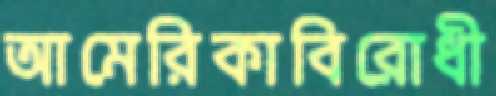
আমেরিকাবিরোধী